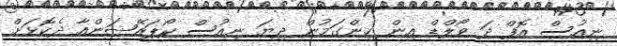
ނިއުސް އޮފް ދަ ވޯލްޑް އިން ހިންގަމުން ދިޔަ ނިއުސް ކޯޕަރޭޝަންއާ ދެކޮޅަށް